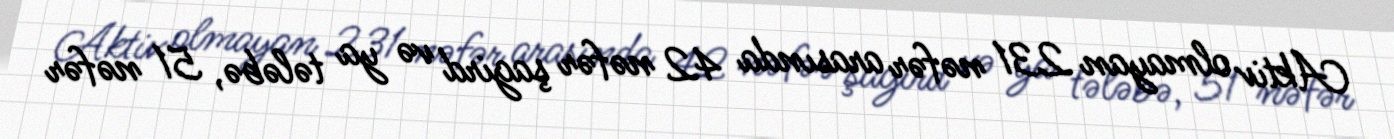
Aktiv olmayan 231 nəfər arasında 42 nəfər şagird və ya tələbə, 51 nəfər